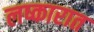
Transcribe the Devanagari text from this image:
लष्कारात